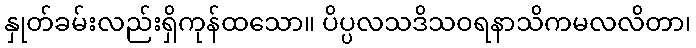
နှုတ်ခမ်းလည်းရှိကုန်ထသော။ ပိပ္ပလသဒိသဝရနာသိကမလလိတာ၊